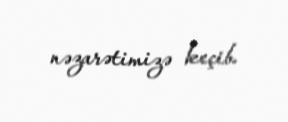
nəzarətimizə keçib.